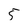
Character: 5